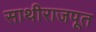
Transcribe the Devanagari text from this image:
साथीराजपूत